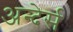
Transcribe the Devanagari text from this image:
अन्देर्स